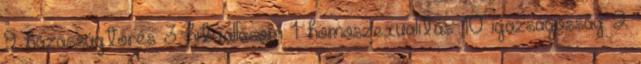
9 házasságtörés 3 hitvallásom 1 homoszexualitás 10 igazságosság 2